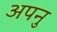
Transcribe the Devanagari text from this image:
अपनु